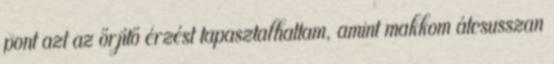
pont azt az őrjítő érzést tapasztalhattam, amint makkom átcsusszan